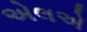
એલએ